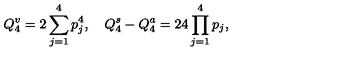
Q _ { 4 } ^ { v } = 2 \sum _ { j = 1 } ^ { 4 } p _ { j } ^ { 4 } , \quad Q _ { 4 } ^ { s } - Q _ { 4 } ^ { a } = 2 4 \prod _ { j = 1 } ^ { 4 } p _ { j } ,